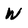
Character: w